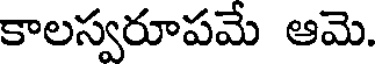
కాలస్వరూపమే ఆమె.